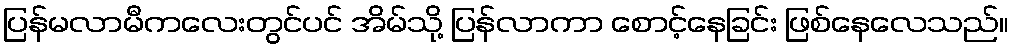
ပြန်မလာမီကလေးတွင်ပင် အိမ်သို့ ပြန်လာကာ စောင့်နေခြင်း ဖြစ်နေလေသည်။